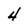
Character: 4